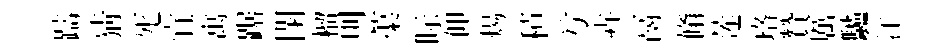
躊猜死宜寓踞閉榴則蕖眎仰煬積𠔃卉鬲翛莲珞贊厲驢洋